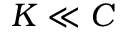
K \ll C